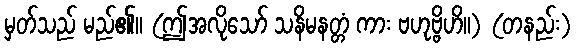
မှတ်သည် မည်၏။ (ဤအလိုသော် သနိမနတ္တံ ကား ဗဟုဗ္ဗိဟိ။) (တနည်း)